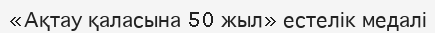
«Ақтау қаласына 50 жыл» естелік медалі